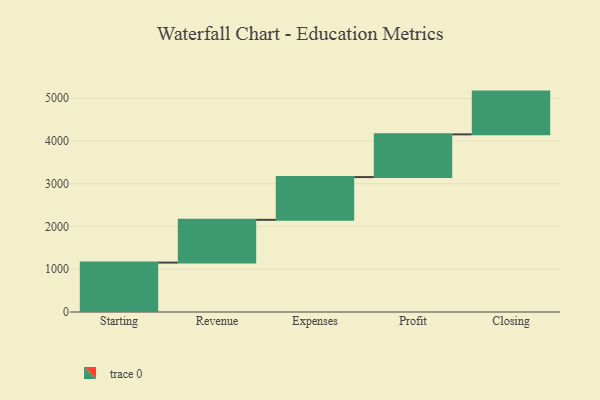
{"axis": {"x": "Step", "y": "Value"}, "legend": [""], "data": [{"x": "Starting", "y": 1156.0, "type": ""}, {"x": "Revenue", "y": 1000, "type": ""}, {"x": "Expenses", "y": 1000, "type": ""}, {"x": "Profit", "y": 1000, "type": ""}, {"x": "Closing", "y": 1000, "type": ""}]}